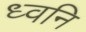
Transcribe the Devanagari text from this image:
ध्‍वनि